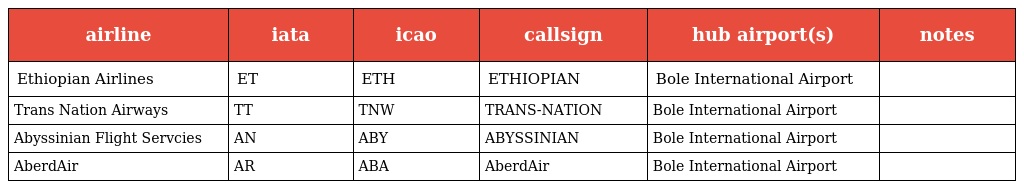
| airline | iata | icao | callsign | hub airport(s) | notes |
 | --- | --- | --- | --- | --- | --- |
 | Ethiopian Airlines | ET | ETH | ETHIOPIAN | Bole International Airport |  |
 | Trans Nation Airways | TT | TNW | TRANS-NATION | Bole International Airport |  |
 | Abyssinian Flight Servcies | AN | ABY | ABYSSINIAN | Bole International Airport |  |
 | AberdAir | AR | ABA | AberdAir | Bole International Airport |  |